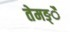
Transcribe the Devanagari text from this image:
तेमङ्ै